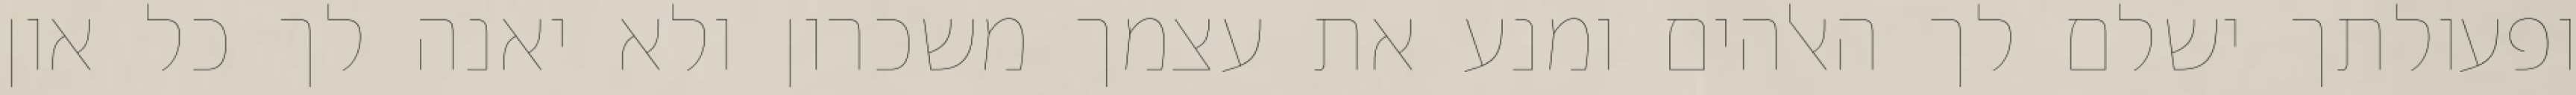
ופעולתך ישלם לך האלהים ומנע את עצמך משכרון ולא יאנה לך כל און